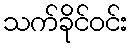
သက်ခိုင်ဝင်း